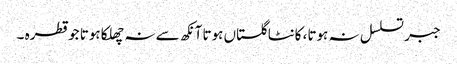
جبر تسلسل نہ ہوتا، کانٹا گلستاں ہوتا آنکھ سے نہ چھلکا ہوتا جو قطرہ ۔